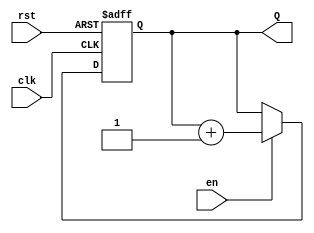
module binary_up_counter #(
    parameter N = 4  // Number of bits in the counter
)(
    input wire clk,       // Clock signal
    input wire rst,       // Asynchronous reset
    input wire en,        // Enable signal
    output reg [N-1:0] Q  // Current count value
);

// Sequential block, triggered on the rising edge of the clock
always @(posedge clk or posedge rst) begin
    if (rst) begin
        // Asynchronous reset: Set count to 0
        Q <= 0;
    end 
    else if (en) begin
        // Counting condition: Increment count
        Q <= Q + 1;
    end
    // If enable is not asserted, the counter holds its value
end

endmodule